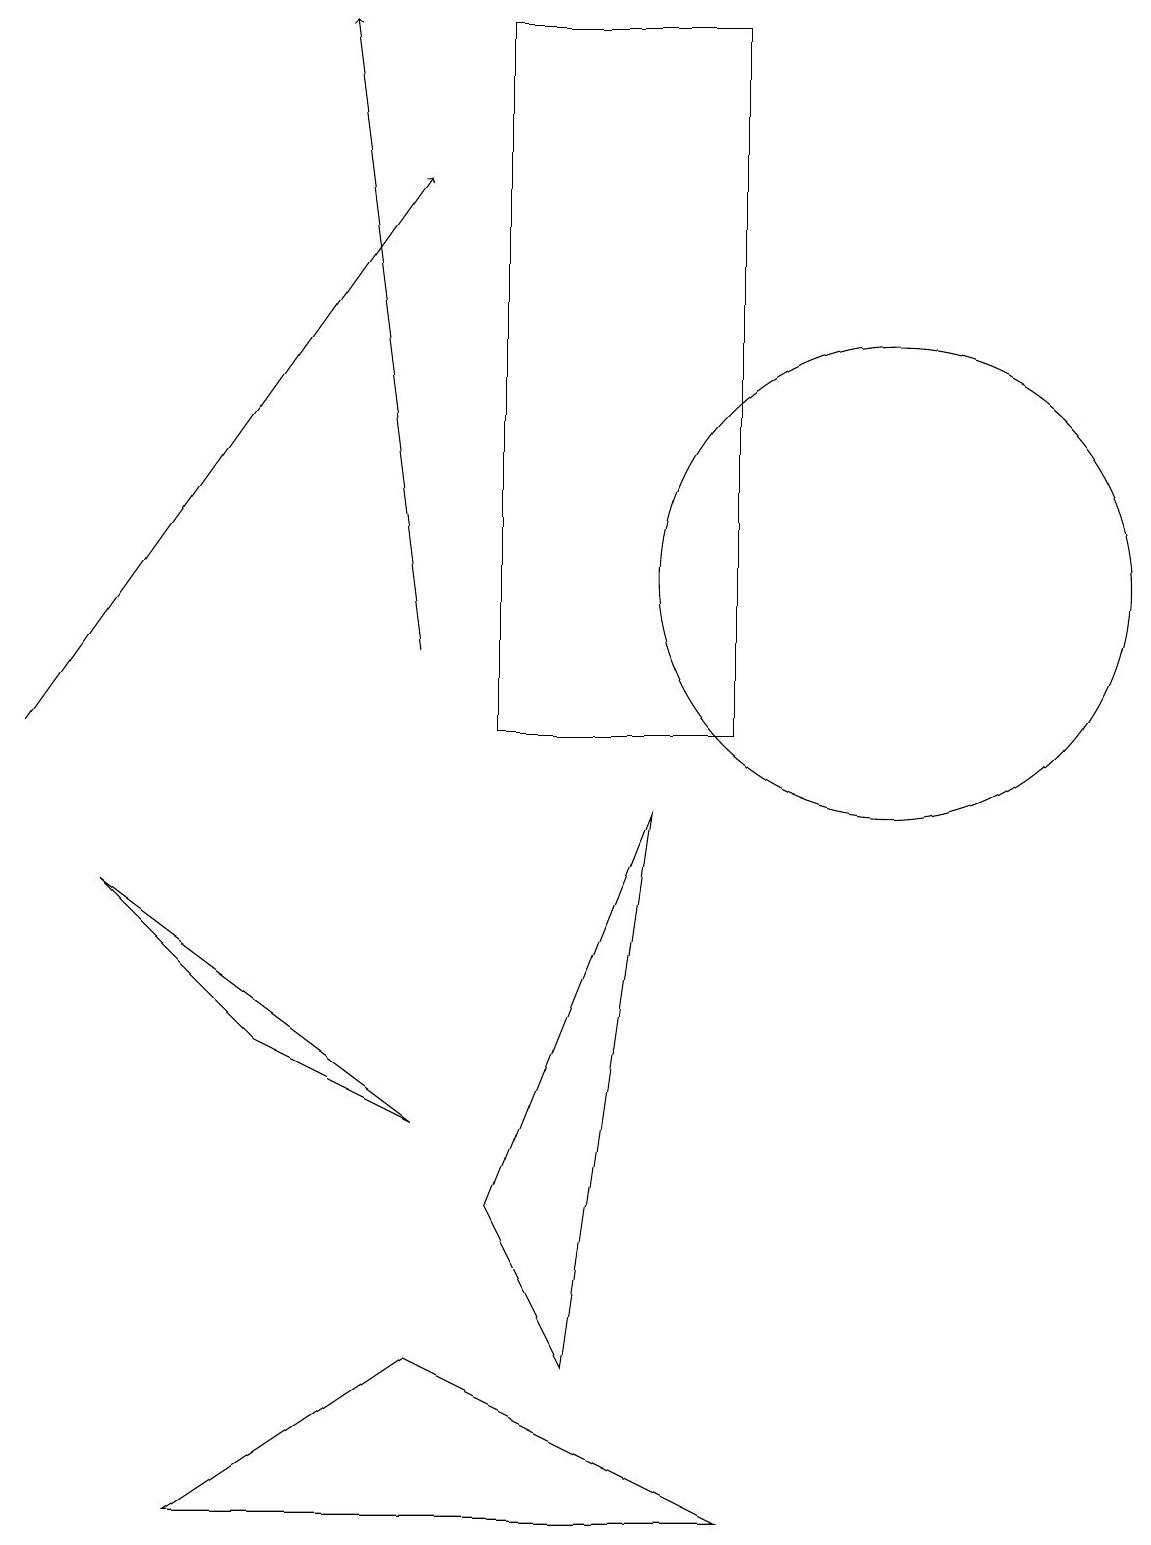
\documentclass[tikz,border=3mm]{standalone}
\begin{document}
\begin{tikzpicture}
\draw[->] (5,11) -- (4,19);
\draw (10,10) circle (0);
\draw (6,4) -- (8,9) -- (7,2) -- cycle;
\draw (3,6) -- (5,5) -- (1,8) -- cycle;
\draw (9,19) rectangle (6,10);
\draw[->] (0,10) -- (5,17);
\draw (11,12) circle (3);
\draw (2,0) -- (5,2) -- (9,0) -- cycle;
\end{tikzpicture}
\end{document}